Vaccination in the Punjab 1897-1904 - 1897-1904
Year: 1897
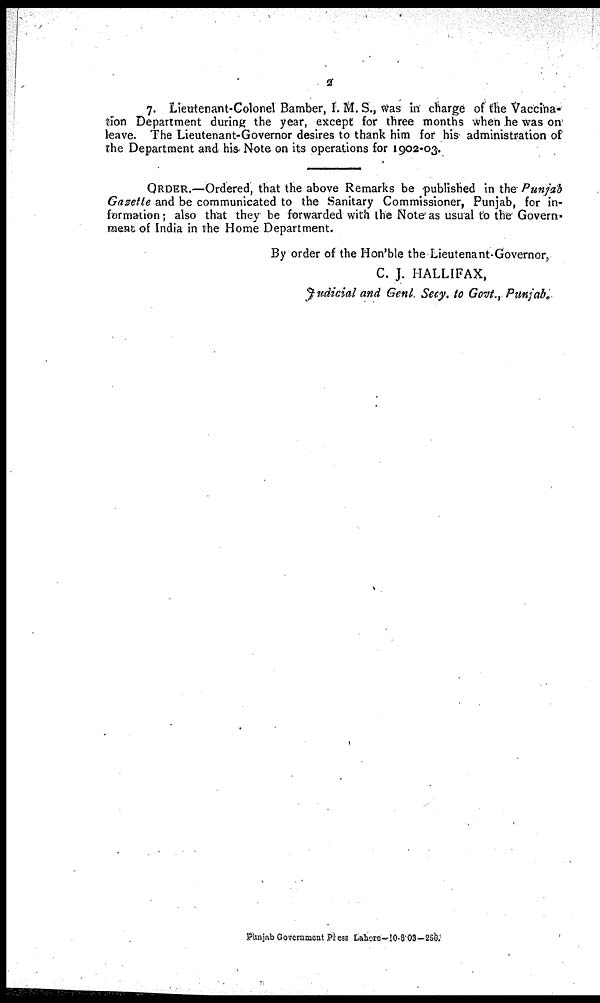
2
7. Lieutenant-Colonel Bamber, I. M. S., was in charge of the Vaccina-
tion Department during the year, except for three months when he was on
leave. The Lieutenant-Governor desires to thank him for his administration of
the Department and his Note on its operations for 1902-03.
ORDER.—Ordered, that the above Remarks be published in the Punjab
Gazette and be communicated to the Sanitary Commissioner, Punjab, for in-
formation; also that they be forwarded with the Note as usual to the Govern¬
ment of India in the Home Department.
By order of the Hon'ble the Lieutenant-Governor,
C. J. HALLIFAX,
Judicial and Genl. Secy, to Govt., Punjab.
Punjab Government Press Lahore—10-8-03—250.